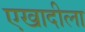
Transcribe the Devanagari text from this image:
एखादीला